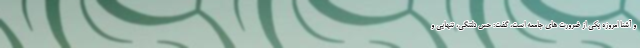
و آشنا امروزه یکی از ضرورت های جامعه است، گفت: حس دلتنگی، تنهایی و